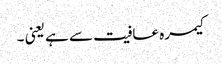
کیمرہ عافیت سے ہے یعنی ۔